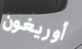
أوريغون